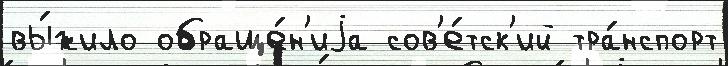
вы́жило обраще́н'иjа сов'е́тск'ий тра́нспорт